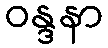
ဝန္ဒနာ